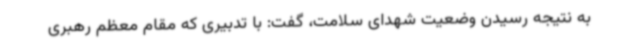
به نتیجه رسیدن وضعیت شهدای سلامت، گفت: با تدبیری که مقام معظم رهبری